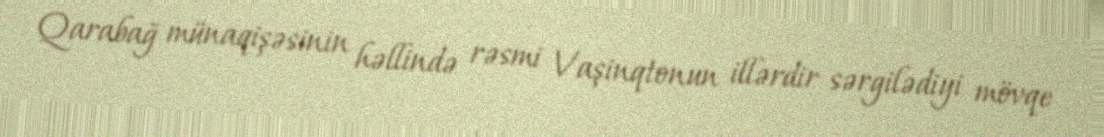
Qarabağ münaqişəsinin həllində rəsmi Vaşinqtonun illərdir sərgilədiyi mövqe